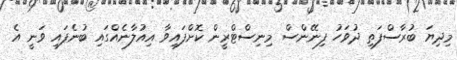
މިދިޔަ ބުރާސްފަތި ދުވަހު ފިނޭންސް މިނިސްޓްރީން ކޮށްފައިވާ އިއުލާނެއްގައި ބުނެފައި ވަނީ އެ